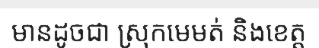
មានដូចជា ស្រុកមេមត់ និងខេត្ត